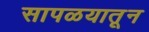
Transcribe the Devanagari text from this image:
सापळयातून